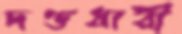
দণ্ডধারী